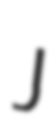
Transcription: J